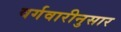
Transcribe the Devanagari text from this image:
वर्गवारीनुसार